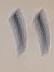
11